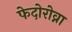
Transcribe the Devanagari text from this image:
फेदोरोव्ना